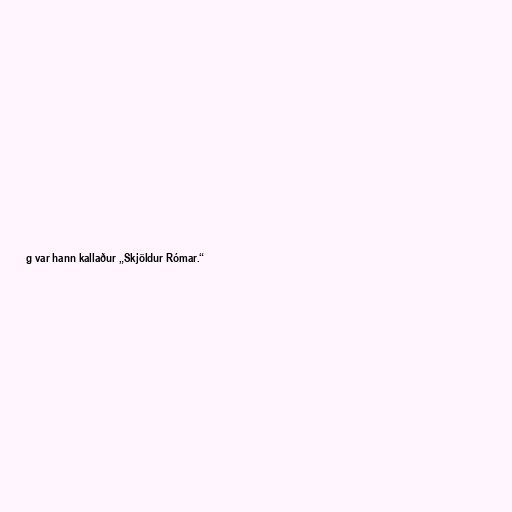
g var hann kallaður „Skjöldur Rómar.“